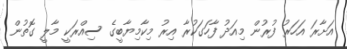
އަށާރަ އަހަރު ފުރުން މިއަދު ފާހަގަކުރާ އިރު މިކާމިޔާބީގެ ސިއްރަކީ މާލީ ގޮތުން